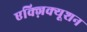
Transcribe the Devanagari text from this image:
एक्ज़िक्यूशन